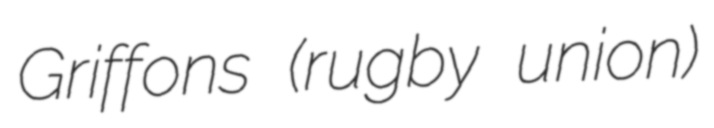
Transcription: Griffons (rugby union)